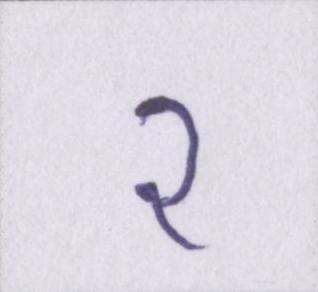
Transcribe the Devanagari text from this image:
२